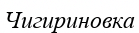
Чигириновка